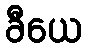
ခီယေ